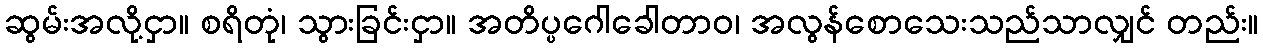
ဆွမ်းအလို့ငှာ။ စရိတုံ၊ သွားခြင်းငှာ။ အတိပ္ပဂေါခေါတာဝ၊ အလွန်စောသေးသည်သာလျှင် တည်း။